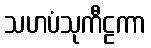
သဟပံသုကီဠကာ